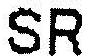
SR